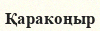
Қаракоңыр